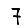
Digit: 7